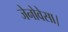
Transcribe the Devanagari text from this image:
जेनोवेसा।